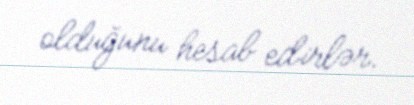
olduğunu hesab edirlər.